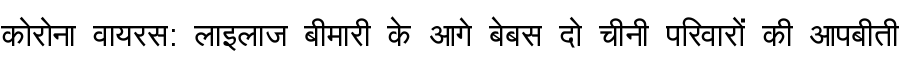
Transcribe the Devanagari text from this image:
कोरोना वायरस: लाइलाज बीमारी के आगे बेबस दो चीनी परिवारों की आपबीती